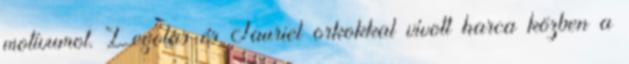
motívumot. Legolas és Tauriel orkokkal vívott harca közben a